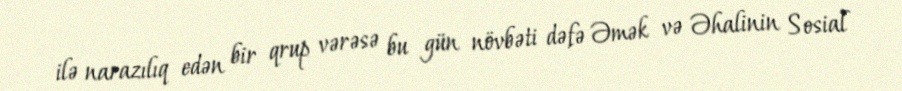
ilə narazılıq edən bir qrup vərəsə bu gün növbəti dəfə Əmək və Əhalinin Sosial